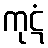
ကုဋံ